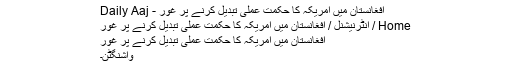
افغانستان میں امریکہ کا حکمت عملی تبدیل کرنے پر غور - Daily Aaj
Home / انٹرنیشنل / افغانستان میں امریکہ کا حکمت عملی تبدیل کرنے پر غور
افغانستان میں امریکہ کا حکمت عملی تبدیل کرنے پر غور
واشنگٹن۔